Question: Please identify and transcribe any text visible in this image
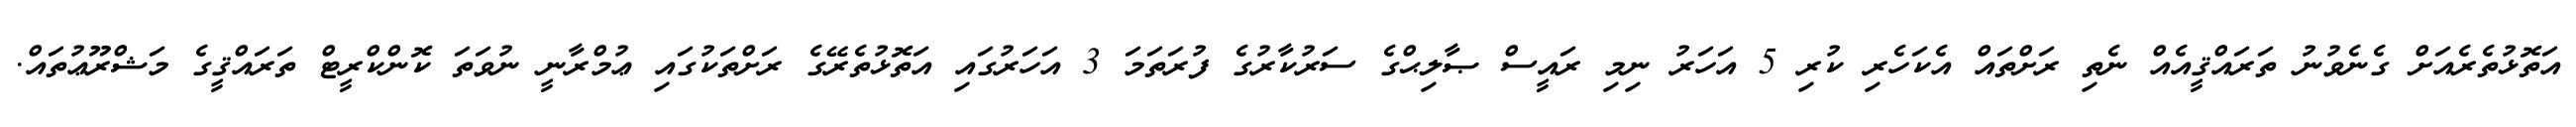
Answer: އަތޮޅުތެރެއަށް ގެނެވުނު ތަރައްޤީއެއް ނެތި ރަށްތައް އެކަހެރި ކުރި 5 އަހަރު ނިމި ރައީސް ޞާލިޙްގެ ސަރުކާރުގެ ފުރަތަމަ 3 އަހަރުގައި އަތޮޅުތެރޭގެ ރަށްތަކުގައި ޢުމްރާނީ ނުވަތަ ކޮންކްރީޓް ތަރައްޤީގެ މަޝްރޫޢުތައް.